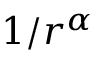
1 / r ^ { \alpha }